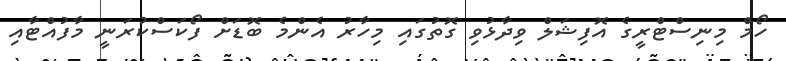
ހޯމް މިނިސްޓްރީގެ އޮފިޝަލް ވިދާޅުވި ގޮތުގައި މިހާރު އެންމެ ބޮޑަށް ފޯކަސްކުރަނީ މާފުއްޓާއި